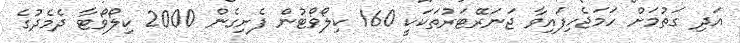
އަދި ގަތުމަށް ހަމަޖެހިފައިވާ ޖަނަރޭޓަރުތަކަކީ 160 ކިލޯވޯޓުން ފެށިގެން 2000 ކިލޯވޯޓާ ދެމެދުގެ